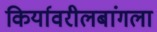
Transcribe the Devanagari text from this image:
किर्यावरीलबांगला